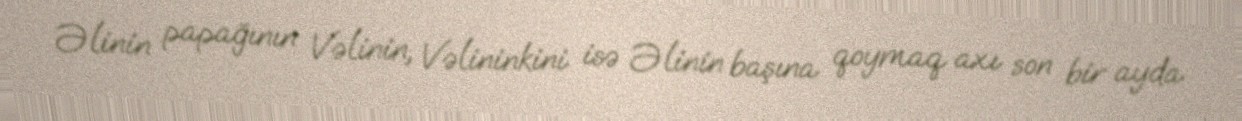
Əlinin papağının Vəlinin, Vəlininkini isə Əlinin başına qoymaq axı son bir ayda